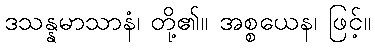
ဒသန္နမာသာနံ၊ တို့၏။ အစ္စယေန၊ ဖြင့်။